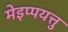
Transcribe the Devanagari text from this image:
मेइप्पयत्तु